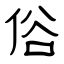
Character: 俗